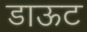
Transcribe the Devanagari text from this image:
डाऊट